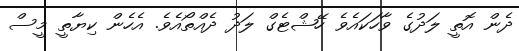
ދެން އޮތީ ލަދުގެ ވާހަކައެވެ ހޭޝްޓެގް ލަދު ދެއްތޯއެވެ. އެހެން ކިޔާތީ މީސް